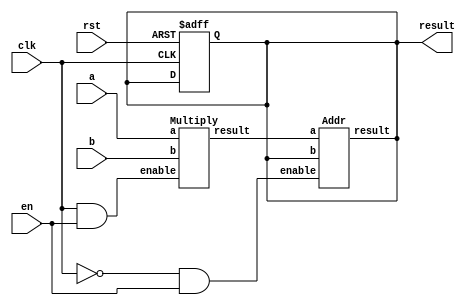
module MAC_float(
  	input [31:0]a,b,
    input clk,en,rst,
    output reg[31:0]result
);

wire [31:0]product;
wire [31:0]add_result;

Multiply M0(.a(a),.b(b),.enable(clk&en),.result(product));
Addr A0(.a(product),.b(result),.enable((~clk)&en),.result(add_result));

always @(product)begin
#1
result<=add_result;
end

always @(posedge rst or posedge clk)begin
    if(rst)begin 
    result <= 0;

    end
end


endmodule

module Addr(
    input [31:0]a,b,
    input enable,
    output [31:0]result
);

wire [31:0]smal,big;
wire [23:0]man_small,man_big,man_small2;
//reg [7:0]exp_small,exp_big;
wire [7:0]exp_diff;
  wire [4:0]zero_shift;
  //wire [31:0]add_res;
  wire [23:0]subman;

//reg [23:0]man_small;
wire [24:0]man_sum;
wire [23:0]man_diff;
wire compare,addsub;




assign {compare,smal,big} = a[30:0]<b[30:0]?{1'b1,a,b}:{1'b0,b,a};
    //signs
    
  assign addsub = a[31]^b[31];
    //all zero case add
    assign man_big = {1'b1,big[22:0]};
    assign man_small = {1'b1,smal[22:0]};
    assign exp_diff = big[30:23] - smal[30:23];
    assign man_small2 = man_small>>exp_diff;

    assign man_sum = man_big + man_small2;
  	assign man_diff = man_big - man_small2;
  	//find zero shift
  assign zero_shift = man_diff[23]?5'd0:man_diff[22]?5'd1:man_diff[21]?5'd2:man_diff[20]?5'd3:man_diff[19]?5'd4:man_diff[18]?5'd5:man_diff[17]?5'd6:man_diff[16]?5'd7:man_diff[15]?5'd8:man_diff[14]?5'd9:man_diff[13]?5'd10:man_diff[12]?5'd11:man_diff[11]?5'd12:man_diff[10]?5'd13:man_diff[9]?5'd14:man_diff[8]?5'd15:man_diff[7]?5'd16:man_diff[6]?5'd17:man_diff[5]?5'd18:man_diff[4]?5'd19:man_diff[3]?5'd20:man_diff[2]?5'd21:man_diff[1]?5'd22:man_diff[0]?5'd23:5'd24;
  
  assign subman = man_diff<<zero_shift;
  
  assign result[22:0] = addsub?(subman[22:0]):(man_sum[24]?man_sum[23:1]:man_sum[22:0]);
  assign result[30:23] = addsub?(big[30:23]-zero_shift):(man_sum[24]?(1'b1+big[30:23]):big[30:23]);
  	
    assign result[31] = big[31];


endmodule


//make sepreate variables

module Multiply(
    input [31:0]a,b,
    input enable,
  output  [31:0] result
  
);

 wire [7:0]exp_a;
 wire [7:0]exp_b;
wire [23:0]man_a;
wire [23:0]man_b;
wire [8:0]sum_exp;
wire [8:0]exponent;

wire [47:0]man_product;
  wire [47:0]norm_product;
wire norm;
wire sign;



assign sign = a[31] ^ b[31];

//exponent zero case-> |a=1'b0,man_a
assign man_a = (|a[30:23]) ? {1'b1,a[22:0]} : {1'b0,a[22:0]};
assign man_b = (|b[30:23]) ? {1'b1,b[22:0]} : {1'b0,b[22:0]};
  assign exp_a = {a[30:23]};
  assign exp_b = {b[30:23]};

assign man_product = man_a*man_b;
//rounding?
assign norm = man_product[47] ? 1'b1 : 1'b0;	
assign sum_exp = exp_a + exp_b - 8'd127;

assign exponent = norm?sum_exp+1:sum_exp;

assign norm_product = norm?man_product:man_product<<1;

//overflow/underflow?

  assign result = {sign,exponent[7:0],norm_product[46:24]};



endmodule